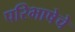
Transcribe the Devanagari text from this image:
परिभाषेचे